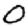
Digit: 0